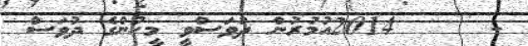
-     2014އުމުރުން ދުވަސްވީ މީހުންގެ ދުވަސް